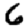
Digit: 6